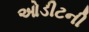
ઓડીટની